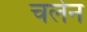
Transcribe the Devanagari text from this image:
चलेन